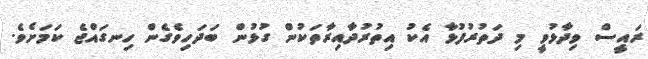
ރައީސް ވިދާޅުވީ މި ދަތުރުފުޅާ އެކު އިތުރުދާއިރާތަކުން ގުޅުން ބަދަހިވެގެން ހިނގައްޖެ ކަމަށެވެ.